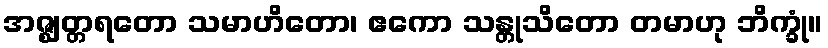
အဇ္ဈတ္တရတော သမာဟိတော၊ ဧကော သန္တုသိတော တမာဟု ဘိက္ခုံ။